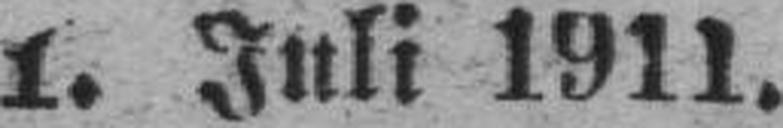
1. Juli 1911.